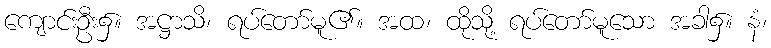
ကျောင်းဦး၌။ အဋ္ဌာသိ၊ ရပ်တော်မူ၏။ အထ၊ ထိုသို့ ရပ်တော်မူသော အခါ၌။ နံ၊